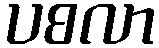
ပစလာ